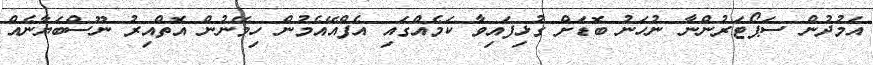
އަމުދުން ސަޕޯޓަރުންނާ ނުހަނު ބޮޑަށް ގުޅިފައިވާ ކަމެއްގައި އެފްއޭއެމުން ހިމޭނުން އޮތްއިރު ނޫސްބަޔާނެއް